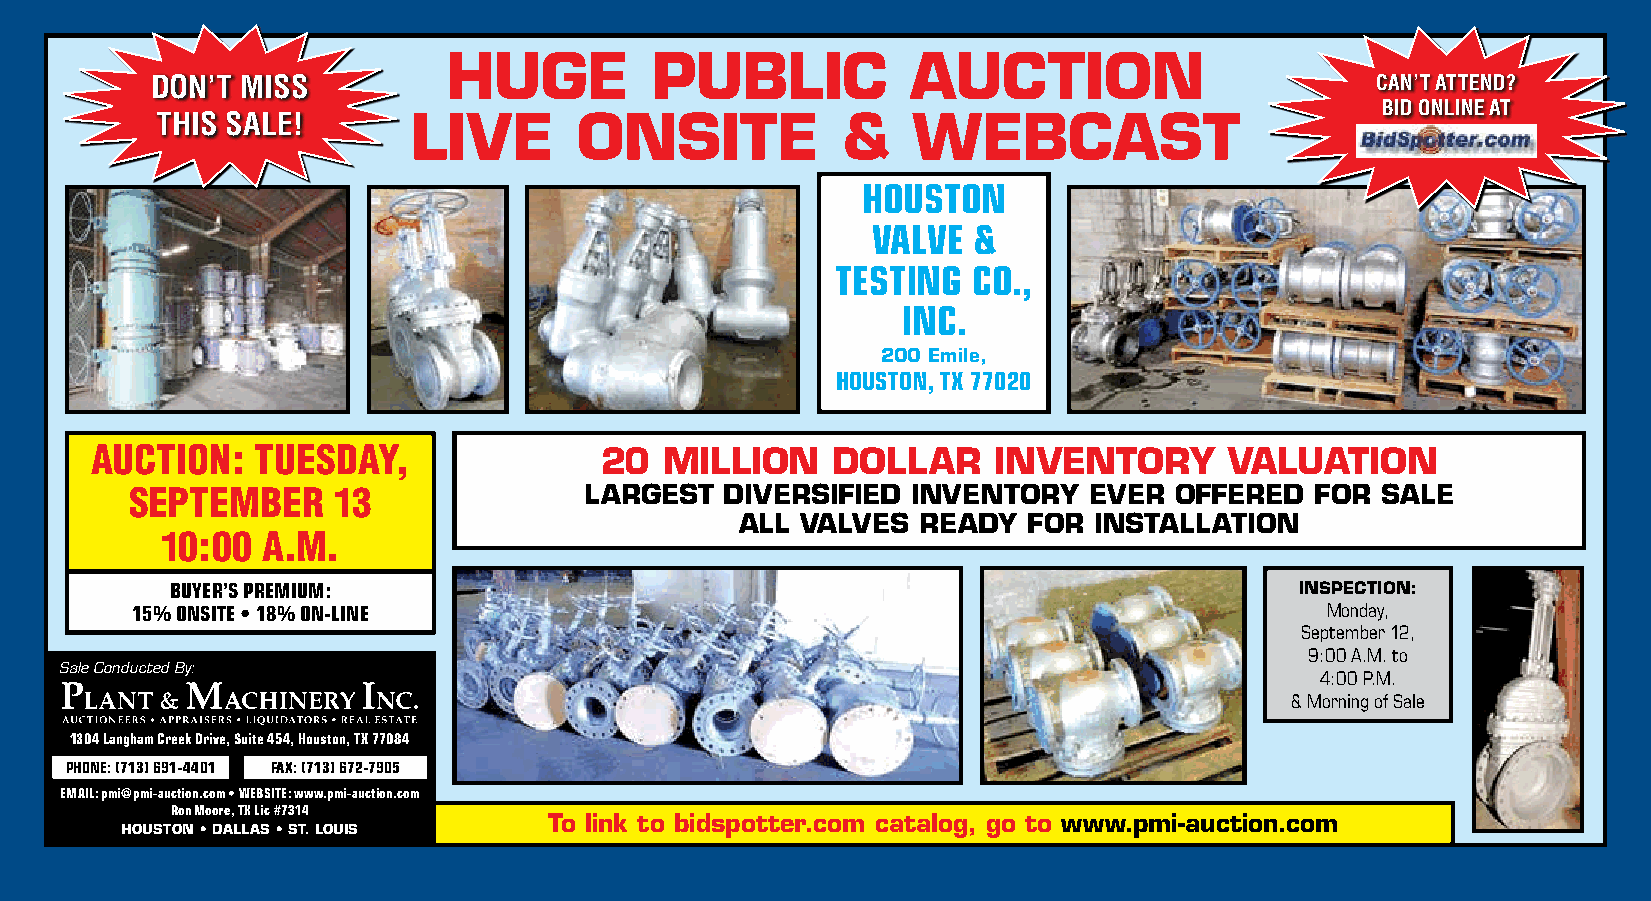
HUGE         PUBLIC           AUCTION
 DON’T MISS                                                                       CAN’T ATTEND?
 BID ONLINE AT
 THIS SALE!       LIVE       ONSITE            &   WEBCAST
 HOUSTON
 VALVE &
 TESTING  CO.,
 INC.
 200 Emile,
 HOUSTON, TX 77020
 AUCTION:   TUESDAY,               20  MILLION    DOLLAR     INVENTORY      VALUATION
 SEPTEMBER    13               LARGEST  DIVERSIFIED INVENTORY   EVER  OFFERED  FOR SALE
 ALL VALVES  READY  FOR INSTALLATION
 10:00 A.M.
 BUYER’S PREMIUM:                                                           INSPECTION:
 15% ONSITE • 18% ON-LINE                                                       Monday,
 September 12,
 9:00 A.M. to
 Sale Conducted By:
 4:00 P.M.
 & Morning of Sale
 1304 Langham Creek Drive, Suite 454, Houston, TX 77084
 PHONE: (713) 691-4401 FAX: (713) 672-7905
 EMAIL: pmi@pmi-auction.com • WEBSITE: www.pmi-auction.com
 Ron Moore, TX Lic #7314
 To link to bidspotter.com catalog, go to www.pmi-auction.com
 HOUSTON • DALLAS • ST. LOUIS